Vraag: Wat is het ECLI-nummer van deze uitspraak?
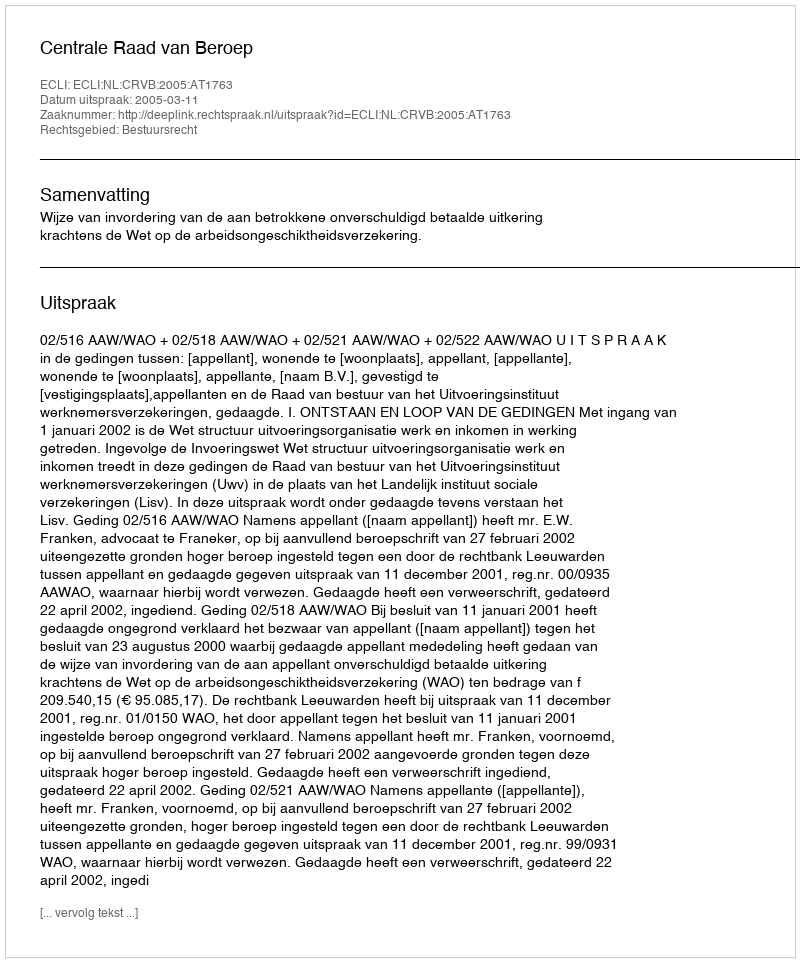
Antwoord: ECLI:NL:CRVB:2005:AT1763